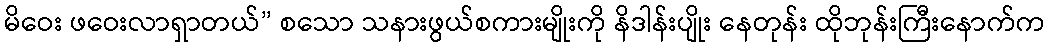
မိဝေး ဖဝေးလာရှာတယ်” စသော သနားဖွယ်စကားမျိုးကို နိဒါန်းပျိုး နေတုန်း ထိုဘုန်းကြီးနောက်က